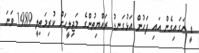
ޑީ ނަގައިގެން އައި ފަހުން އަޅުގަނޑު ރައްޔިތުންގެ މަޖިލީހަށް ކުރިމަތިލީ 1989 ވަނަ